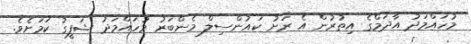
މުހައްމަދު އާދަމްގެ އިތުރުން އެ ރަށު ކައުންސިލް މެންބަރު މުހައްމަދު ޝަފީގު ކަމަށެވެ.